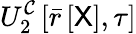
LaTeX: U_{2}^{\mathcal{C}}\left[\bar{r}\left[\mathsf{X}\right],\tau\right]